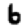
Digit: 6